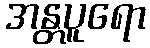
အန္တပူရော